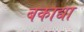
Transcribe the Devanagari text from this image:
बकाद्या